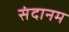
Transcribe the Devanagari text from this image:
संदानम